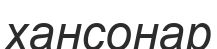
хансонар